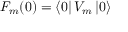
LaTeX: F _ { m } ( 0 ) = \left\langle 0 \right| V _ { m } \left| 0 \right\rangle